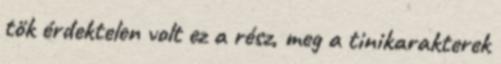
tök érdektelen volt ez a rész, meg a tinikarakterek